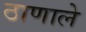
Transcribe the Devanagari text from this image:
ठाणाले